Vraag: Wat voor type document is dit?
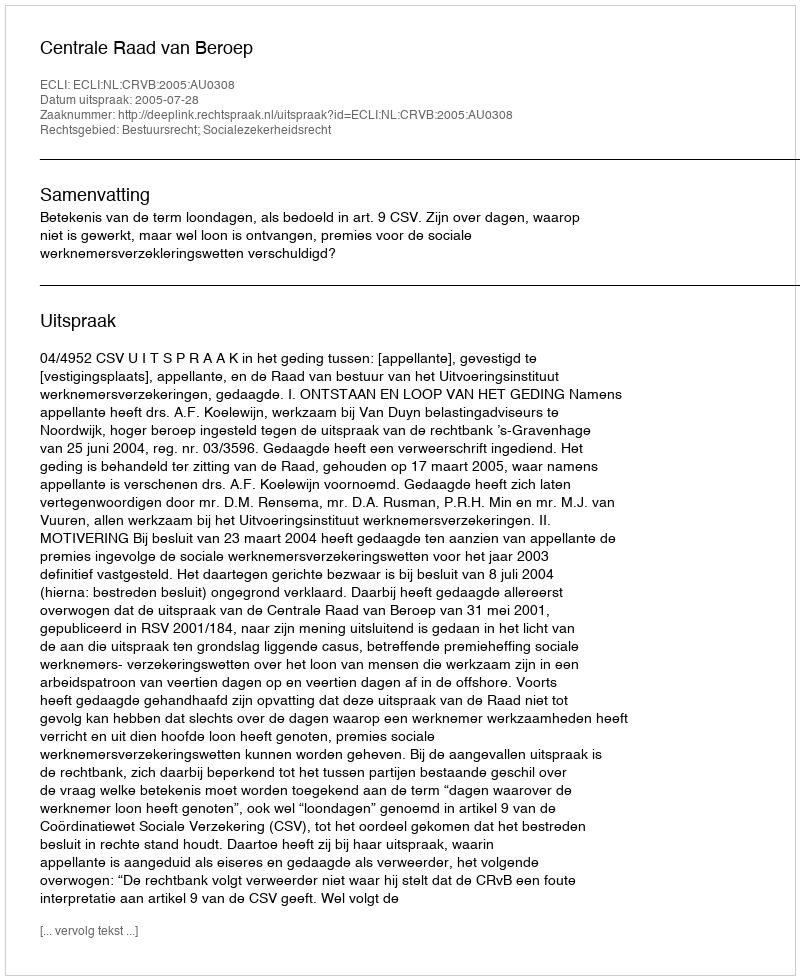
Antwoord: Uitspraak